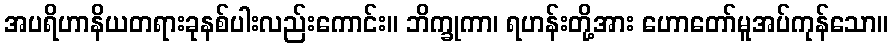
အပရိဟာနိယတရားခုနစ်ပါးလည်းကောင်း။ ဘိက္ခုကာ၊ ရဟန်းတို့အား ဟောတော်မူအပ်ကုန်သော။